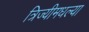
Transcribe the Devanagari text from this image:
त्रिज्यीमधल्या